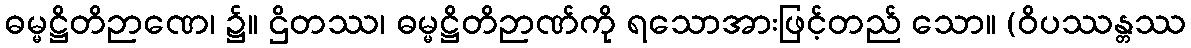
ဓမ္မဋ္ဌိတိဉာဏေ၊ ၌။ ဌိတဿ၊ ဓမ္မဋ္ဌိတိဉာဏ်ကို ရသောအားဖြင့်တည် သော။ (ဝိပဿန္တဿ